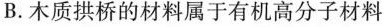
B.木质拱桥的材料属于有机高分子材料